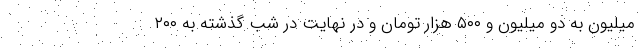
میلیون به دو میلیون و ۵۰۰ هزار تومان و در نهایت در شب گذشته به ۲۰۰